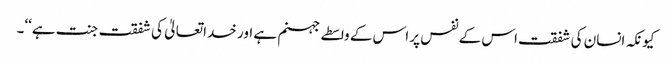
کیونکہ انسان کی شفقت اس کے نفس پر اس کے واسطے جہنم ہے اور خدا تعالیٰ کی شفقت جنت ہے‘‘۔